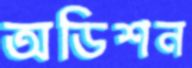
অডিশন